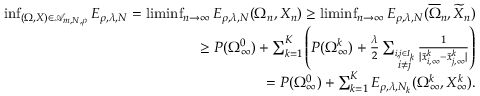
\begin{array} { r } { \operatorname* { i n f } _ { ( \Omega , X ) \in \mathcal A _ { m , N , \rho } } E _ { \rho , \lambda , N } = \operatorname* { l i m i n f } _ { n \to \infty } E _ { \rho , \lambda , N } ( \Omega _ { n } , X _ { n } ) \geq \operatorname* { l i m i n f } _ { n \to \infty } E _ { \rho , \lambda , N } ( \overline { \Omega } _ { n } , \widetilde X _ { n } ) } \\ { \geq P ( \Omega _ { \infty } ^ { 0 } ) + \sum _ { k = 1 } ^ { K } \left( P ( \Omega _ { \infty } ^ { k } ) + { \frac { \lambda } { 2 } } \sum _ { \stackrel { i , j \in I _ { k } } { i \not = j } } { \frac { 1 } { | \tilde { x } _ { i , \infty } ^ { k } - \tilde { x } _ { j , \infty } ^ { k } | } } \right) } \\ { = P ( \Omega _ { \infty } ^ { 0 } ) + \sum _ { k = 1 } ^ { K } E _ { \rho , \lambda , N _ { k } } ( \Omega _ { \infty } ^ { k } , X _ { \infty } ^ { k } ) . } \end{array}